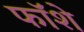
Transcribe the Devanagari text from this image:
फॉशे